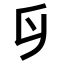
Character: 𠂑